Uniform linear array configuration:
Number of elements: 32
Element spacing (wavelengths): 0.75
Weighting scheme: exponential
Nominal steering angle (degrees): -60
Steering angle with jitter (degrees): -61.082
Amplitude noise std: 0.05
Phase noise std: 0.05

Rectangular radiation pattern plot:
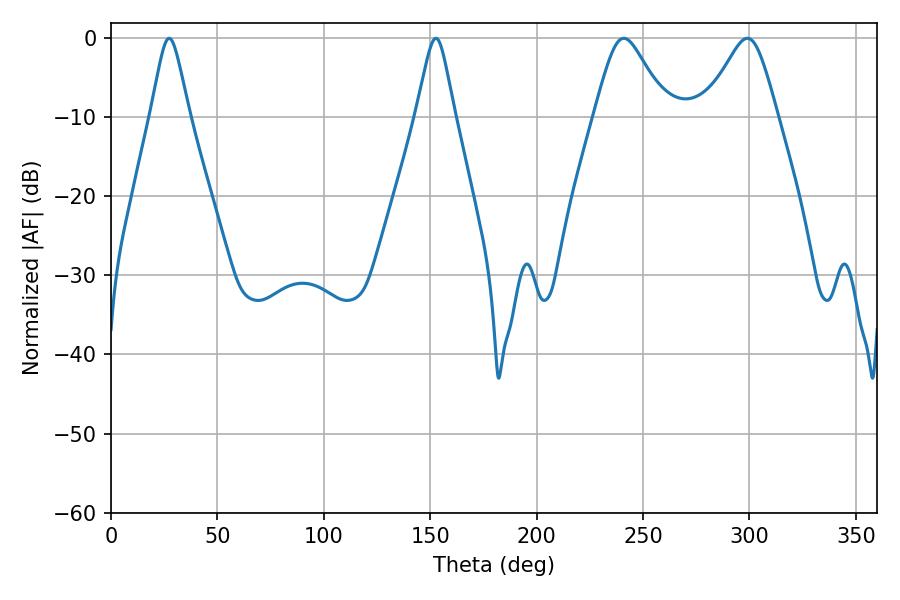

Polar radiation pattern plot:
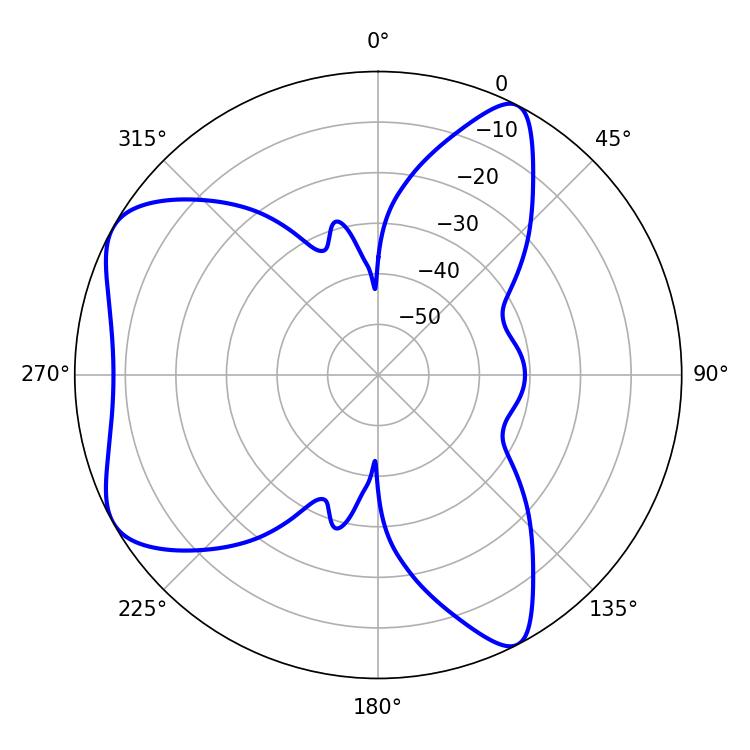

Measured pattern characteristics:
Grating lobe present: TRUE
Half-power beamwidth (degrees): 16.56
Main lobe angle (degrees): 241.02